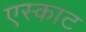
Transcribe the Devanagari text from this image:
एस्काट